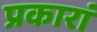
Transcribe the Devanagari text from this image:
प्रकारां